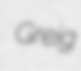
Greig